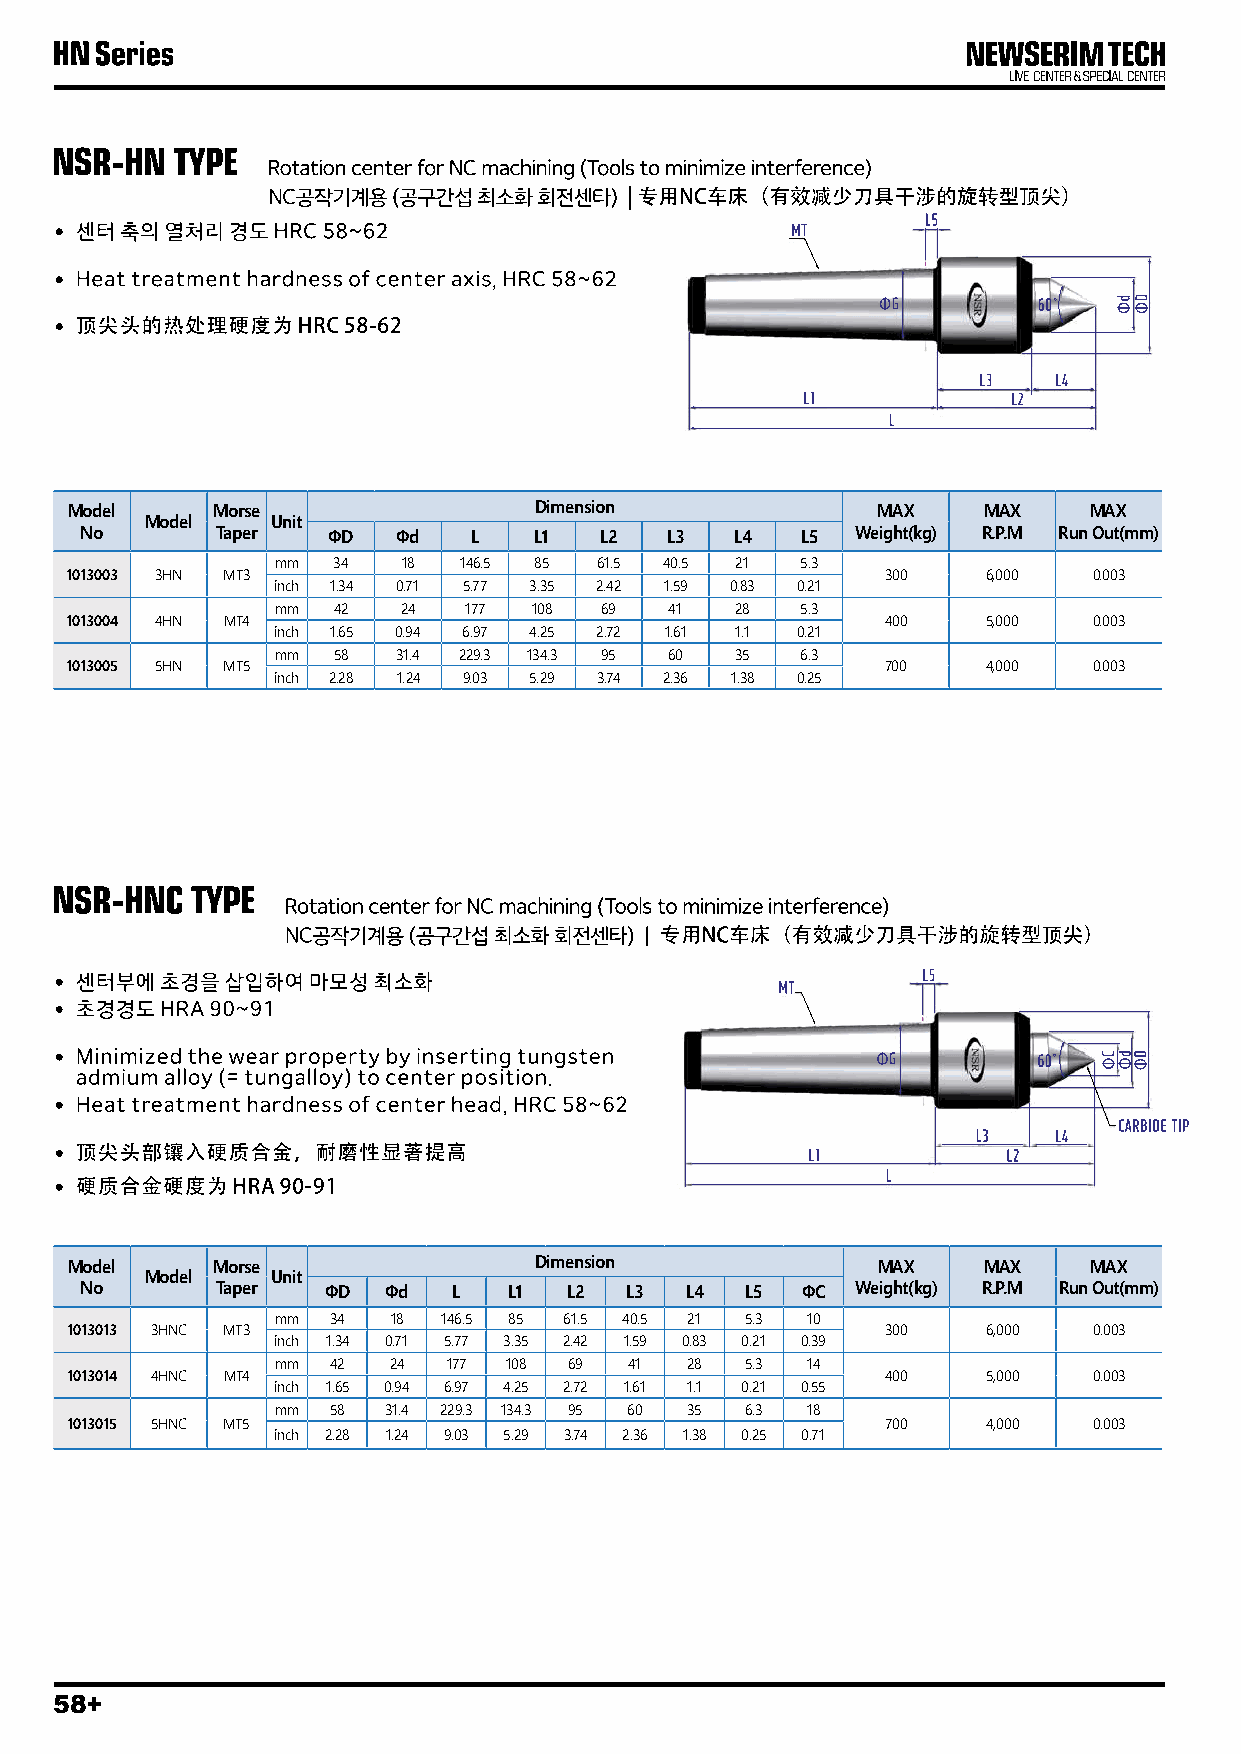
Model     Morse                Dimension              MAX    MAX    MAX
 Model   Unit
 No       Taper   ΦD  Φd   L   L1   L2  L3   L4  L5  Weight(kg) R.P.M Run Out(mm)
 mm  34   18 146.5 85 61.5 40.5 21  5.3
 1013003 3HN MT3                                        300   6,000  0.003
 inch 1.34 0.71 5.77 3.35 2.42 1.59 0.83 0.21
 mm  42   24  177 108  69  41   28  5.3
 1013004 4HN MT4                                        400   5,000  0.003
 inch 1.65 0.94 6.97 4.25 2.72 1.61 1.1 0.21
 mm  58  31.4 229.3 134.3 95 60 35  6.3
 1013005 5HN MT5                                        700   4,000  0.003
 inch 2.28 1.24 9.03 5.29 3.74 2.36 1.38 0.25
 Model     Morse                Dimension              MAX    MAX    MAX
 Model   Unit
 No       Taper  ΦD  Φd   L   L1 L2  L3  L4  L5  ΦC  Weight(kg) R.P.M Run Out(mm)
 mm  34  18 146.5 85 61.5 40.5 21 5.3 10
 1013013 3HNC MT3                                       300   6,000  0.003
 inch 1.34 0.71 5.77 3.35 2.42 1.59 0.83 0.21 0.39
 mm  42  24 177 108  69  41 28  5.3 14
 1013014 4HNC MT4                                       400   5,000  0.003
 inch 1.65 0.94 6.97 4.25 2.72 1.61 1.1 0.21 0.55
 mm  58 31.4 229.3 134.3 95 60 35 6.3 18
 1013015 5HNC MT5                                       700   4,000  0.003
 inch 2.28 1.24 9.03 5.29 3.74 2.36 1.38 0.25 0.71
 58+